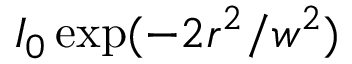
I _ { 0 } \exp ( - 2 r ^ { 2 } / w ^ { 2 } )